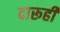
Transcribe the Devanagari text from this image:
दारूही